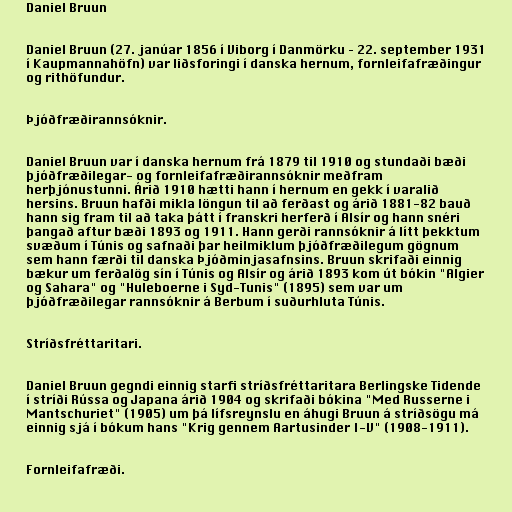
Daniel Bruun

Daniel Bruun (27. janúar 1856 í Viborg í Danmörku – 22. september 1931
í Kaupmannahöfn) var liðsforingi í danska hernum, fornleifafræðingur
og rithöfundur.

Þjóðfræðirannsóknir.

Daniel Bruun var í danska hernum frá 1879 til 1910 og stundaði bæði
þjóðfræðilegar- og fornleifafræðirannsóknir meðfram
herþjónustunni. Árið 1910 hætti hann í hernum en gekk í varalið
hersins. Bruun hafði mikla löngun til að ferðast og árið 1881-82 bauð
hann sig fram til að taka þátt í franskri herferð í Alsír og hann snéri
þangað aftur bæði 1893 og 1911. Hann gerði rannsóknir á lítt þekktum
svæðum í Túnis og safnaði þar heilmiklum þjóðfræðilegum gögnum
sem hann færði til danska Þjóðminjasafnsins. Bruun skrifaði einnig
bækur um ferðalög sín í Túnis og Alsír og árið 1893 kom út bókin "Algier
og Sahara" og "Huleboerne i Syd-Tunis" (1895) sem var um
þjóðfræðilegar rannsóknir á Berbum í suðurhluta Túnis.

Stríðsfréttaritari.

Daniel Bruun gegndi einnig starfi stríðsfréttaritara Berlingske Tidende
í stríði Rússa og Japana árið 1904 og skrifaði bókina "Med Russerne i
Mantschuriet" (1905) um þá lífsreynslu en áhugi Bruun á stríðsögu má
einnig sjá í bókum hans "Krig gennem Aartusinder I-V" (1908-1911).

Fornleifafræði.